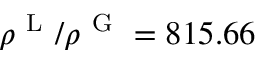
\rho ^ { \mathrm { ~ L ~ } } / \rho ^ { \mathrm { ~ G ~ } } = 8 1 5 . 6 6